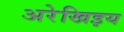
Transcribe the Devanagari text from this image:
अरेखिइय